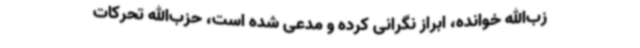
زب‌الله خوانده، ابراز نگرانی کرده و مدعی شده است، حزب‌الله تحرکات